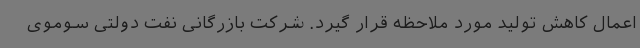
اعمال کاهش تولید مورد ملاحظه قرار گیرد. شرکت بازرگانی نفت دولتی سوموی